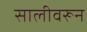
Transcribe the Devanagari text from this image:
सालीवरून